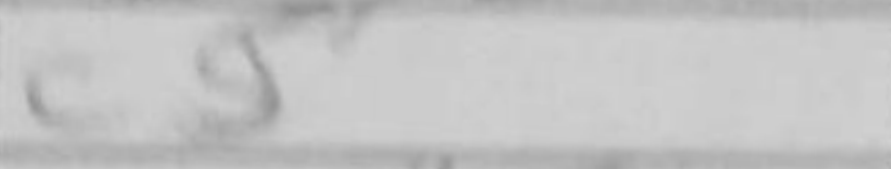
Transcription: c5